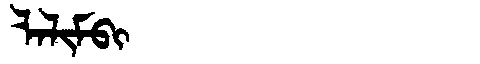
Manchu: ᠯᠠᠯᡳᠮᠪᡳ
Romanization: LALIMBI